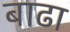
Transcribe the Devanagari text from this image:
बाढा